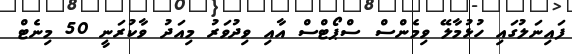
ފައިނަލުގައި ހުޅުމާލޭ ވިމެންސް ސްޕޯޓްސް އާއި ވިދުވަރު މިއަދު ވާކުރަނީ 50 މިނެޓް